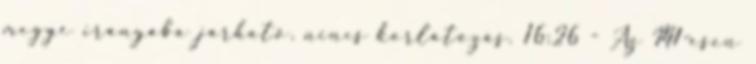
megye irányába járható, nincs korlátozás. 16:26 - Az M1-esen